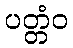
ပတ္တံဝ